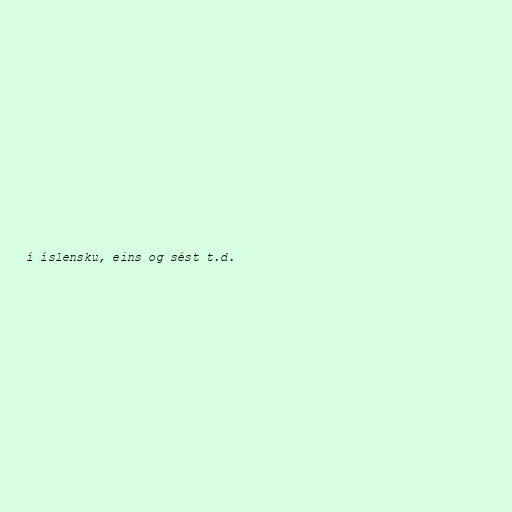
í íslensku, eins og sést t.d.